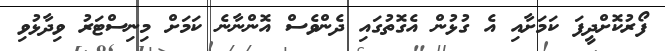
ފޯރުކޮށްދީފަ ކަމަށާއި އެ ގުޅުން އެގޮތުގައި ދެންވެސް އޮންނާނެ ކަމަށް މިނިސްޓަރު ވިދާޅުވި